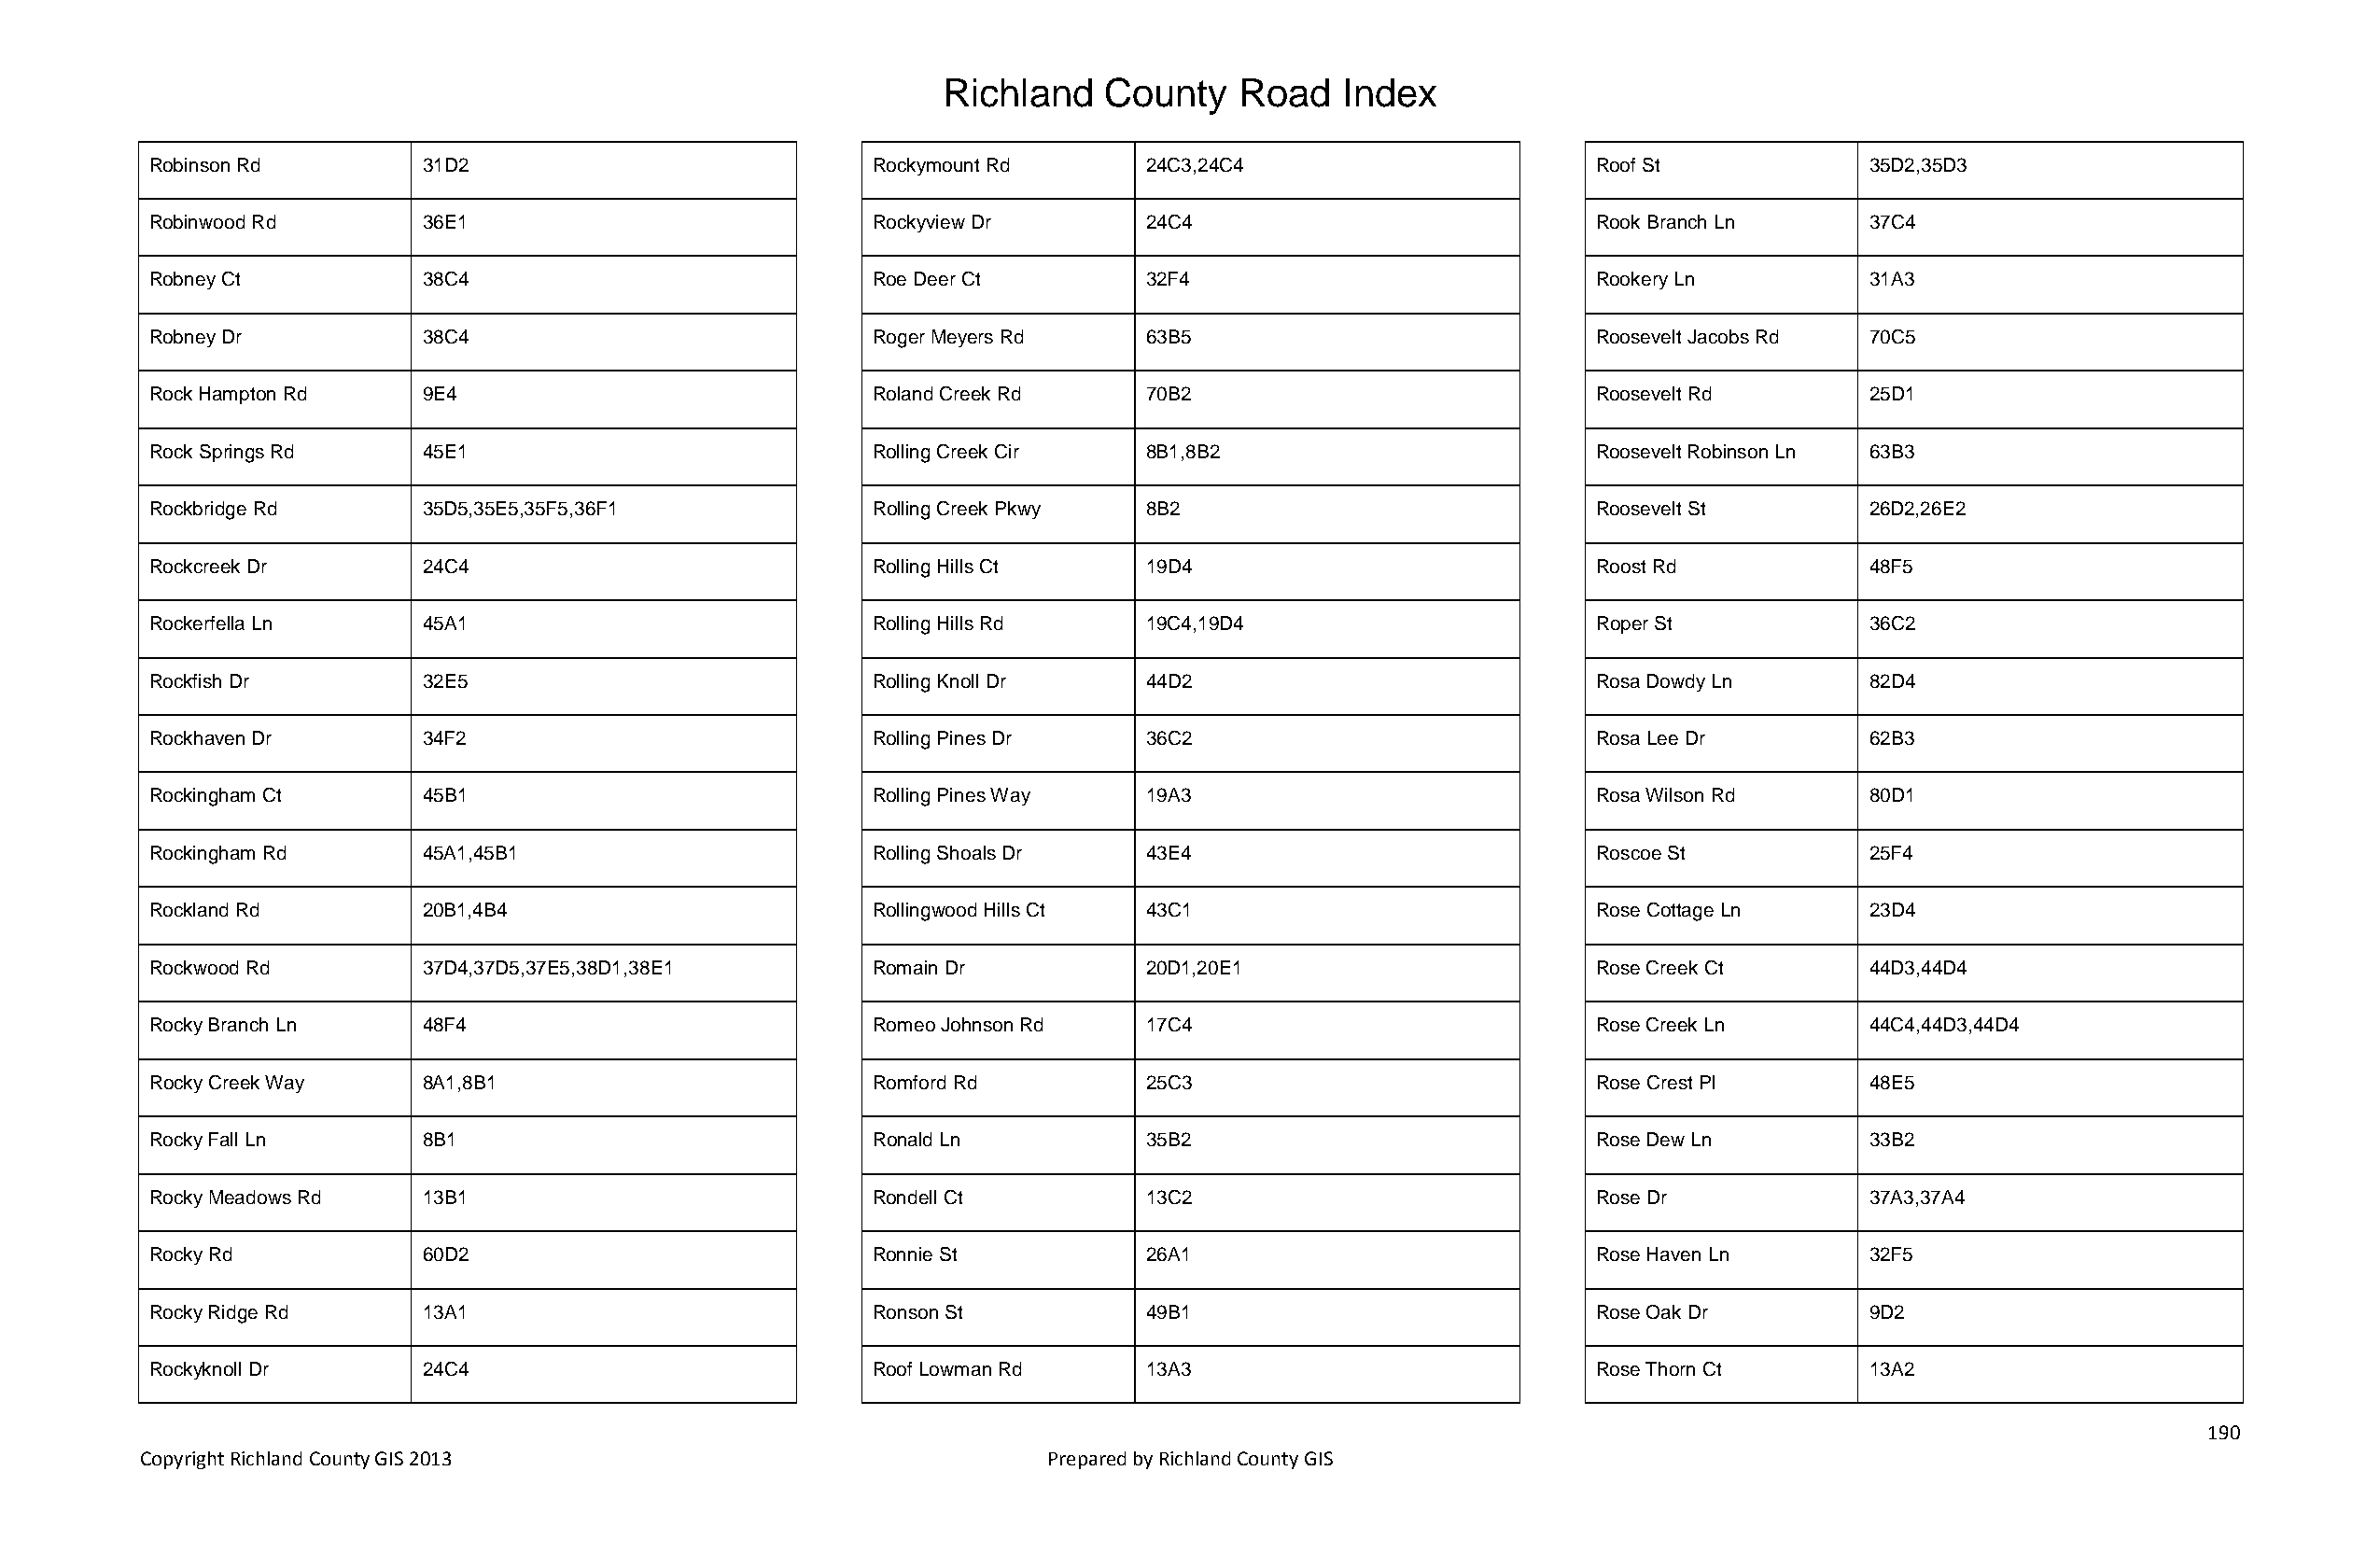
Richland   County    Road   Index
 Robinson Rd        31D2                            Rockymount Rd      24C3,24C4                       Roof St             35D2,35D3
 Robinwood Rd       36E1                            Rockyview Dr       24C4                            Rook Branch Ln      37C4
 Robney Ct          38C4                            Roe Deer Ct        32F4                            Rookery Ln          31A3
 Robney Dr          38C4                            Roger Meyers Rd    63B5                            Roosevelt Jacobs Rd 70C5
 Rock Hampton Rd    9E4                             Roland Creek Rd    70B2                            Roosevelt Rd        25D1
 Rock Springs Rd    45E1                            Rolling Creek Cir  8B1,8B2                         Roosevelt Robinson Ln 63B3
 Rockbridge Rd      35D5,35E5,35F5,36F1             Rolling Creek Pkwy 8B2                             Roosevelt St        26D2,26E2
 Rockcreek Dr       24C4                            Rolling Hills Ct   19D4                            Roost Rd            48F5
 Rockerfella Ln     45A1                            Rolling Hills Rd   19C4,19D4                       Roper St            36C2
 Rockfish Dr        32E5                            Rolling Knoll Dr   44D2                            Rosa Dowdy Ln       82D4
 Rockhaven Dr       34F2                            Rolling Pines Dr   36C2                            Rosa Lee Dr         62B3
 Rockingham Ct      45B1                            Rolling Pines Way  19A3                            Rosa Wilson Rd      80D1
 Rockingham Rd      45A1,45B1                       Rolling Shoals Dr  43E4                            Roscoe St           25F4
 Rockland Rd        20B1,4B4                        Rollingwood Hills Ct 43C1                          Rose Cottage Ln     23D4
 Rockwood Rd        37D4,37D5,37E5,38D1,38E1        Romain Dr          20D1,20E1                       Rose Creek Ct       44D3,44D4
 Rocky Branch Ln    48F4                            Romeo Johnson Rd   17C4                            Rose Creek Ln       44C4,44D3,44D4
 Rocky Creek Way    8A1,8B1                         Romford Rd         25C3                            Rose Crest Pl       48E5
 Rocky Fall Ln      8B1                             Ronald Ln          35B2                            Rose Dew Ln         33B2
 Rocky Meadows Rd   13B1                            Rondell Ct         13C2                            Rose Dr             37A3,37A4
 Rocky Rd           60D2                            Ronnie St          26A1                            Rose Haven Ln       32F5
 Rocky Ridge Rd     13A1                            Ronson St          49B1                            Rose Oak Dr         9D2
 Rockyknoll Dr      24C4                            Roof Lowman Rd     13A3                            Rose Thorn Ct       13A2
 190
 Copyright Richland County GIS 2013                              Prepared by Richland County GIS